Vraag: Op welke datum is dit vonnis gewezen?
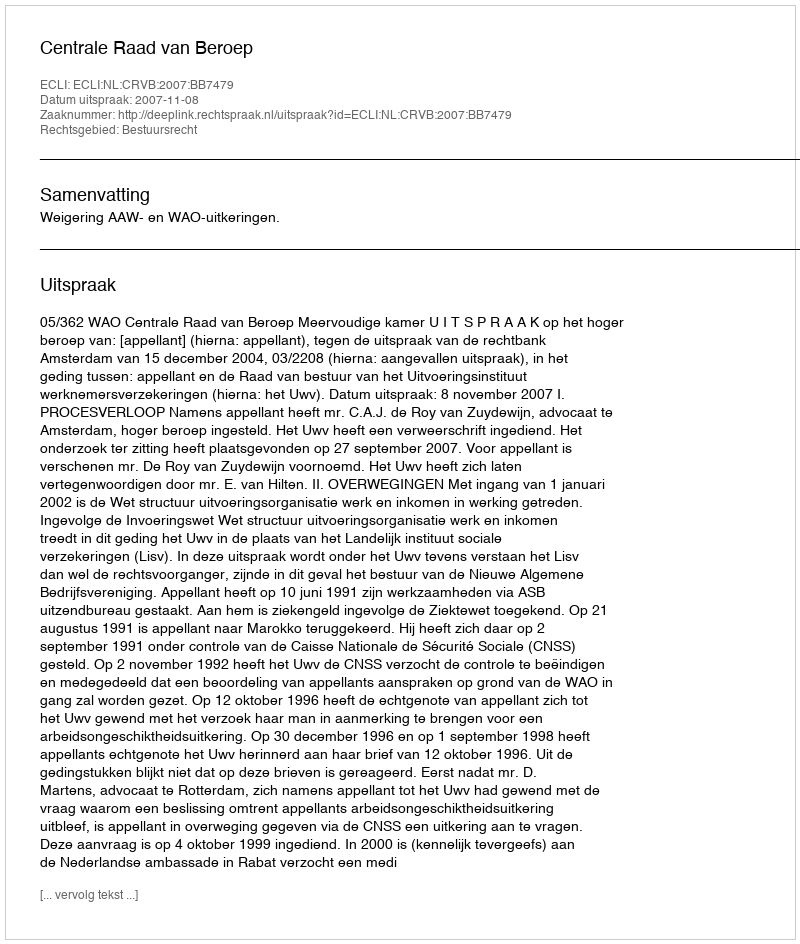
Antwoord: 2007-11-08